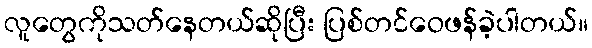
လူတွေကိုသတ်နေတယ်ဆိုပြီး ပြစ်တင်ဝေဖန်ခဲ့ပါတယ်။